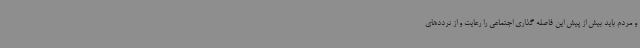
و مردم باید بیش از پیش این فاصله گذاری اجتماعی را رعایت و از ترددهای